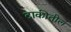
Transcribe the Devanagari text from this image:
टाकीतील